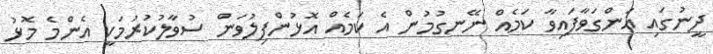
ދީނުގައި އަންގަވާފައިވާ ކަމެއް ނޭނގުމުން އެ ކަމެއް އޮޅުންފިލުވަން ސުވާލުކުރުމަކީ އެންމެ މޮޅު